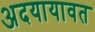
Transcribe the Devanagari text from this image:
अदयायावत